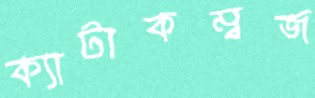
ক্যাটাকম্বজ